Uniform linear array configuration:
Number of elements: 12
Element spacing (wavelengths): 0.5
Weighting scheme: uniform
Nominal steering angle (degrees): -60
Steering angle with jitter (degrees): -59.653
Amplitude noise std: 0.05
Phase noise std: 0.05

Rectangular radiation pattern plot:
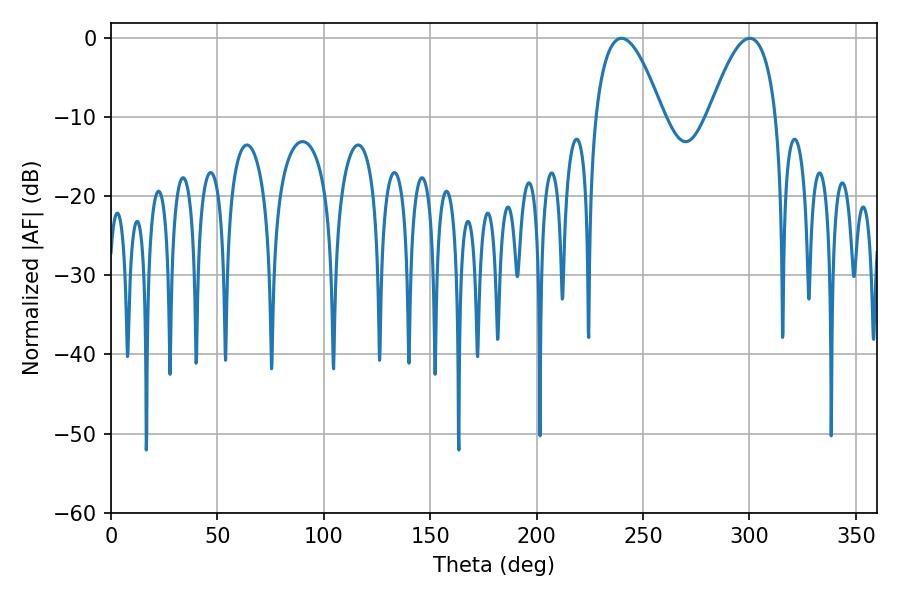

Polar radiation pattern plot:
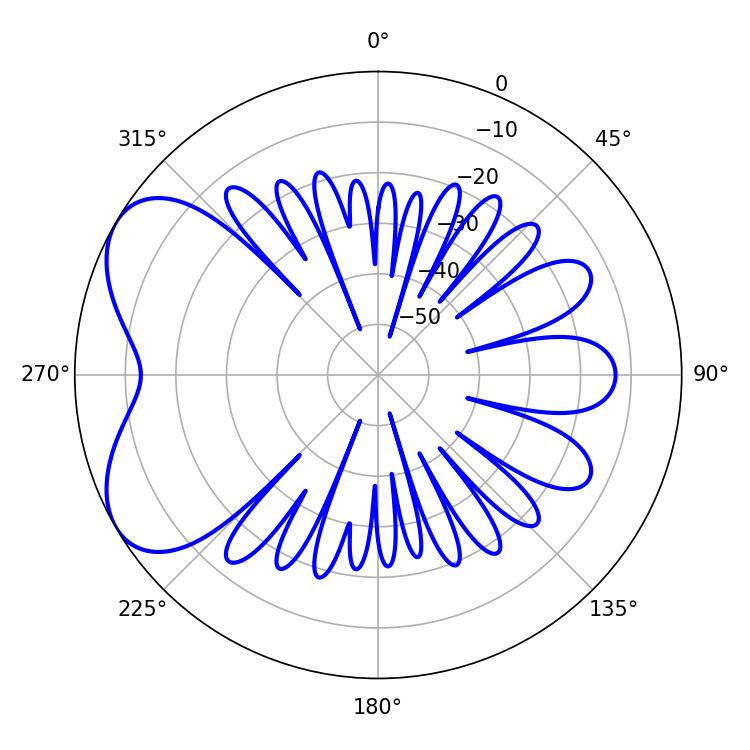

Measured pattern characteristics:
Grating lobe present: FALSE
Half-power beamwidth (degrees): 17.46
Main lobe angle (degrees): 239.94